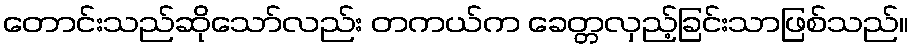
တောင်းသည်ဆိုသော်လည်း တကယ်က ခေတ္တလှည့်ခြင်းသာဖြစ်သည်။